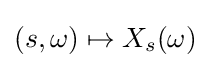
(s,\omega )\mapsto X_{s}(\omega )